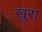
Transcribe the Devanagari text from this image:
खुरा